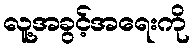
လူ့အခွင့်အရေးကို